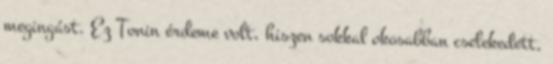
megingást. Ez Tonin érdeme volt, hiszen sokkal okosabban cselekedett,